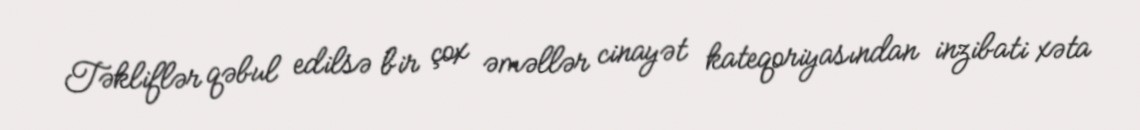
Təkliflər qəbul edilsə bir çox əməllər cinayət kateqoriyasından inzibati xəta